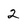
Character: 2